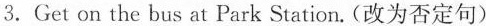
3. Get on the bus at Park Station.(改为否定句)